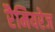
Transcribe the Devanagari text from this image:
रैमियरेज